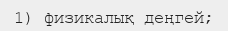
1) физикалық деңгей;